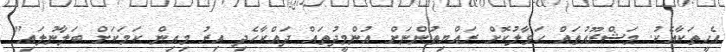
އެހީތަކާއެކު. މަޝްރޫއުތައް ހަވާލުކޮށް ރައްޔިތުންނަށް އުންމީދުތައް ދައްކާހެދި އިރު މިއިން ކަމަކަށް ބަލާނުލައި"